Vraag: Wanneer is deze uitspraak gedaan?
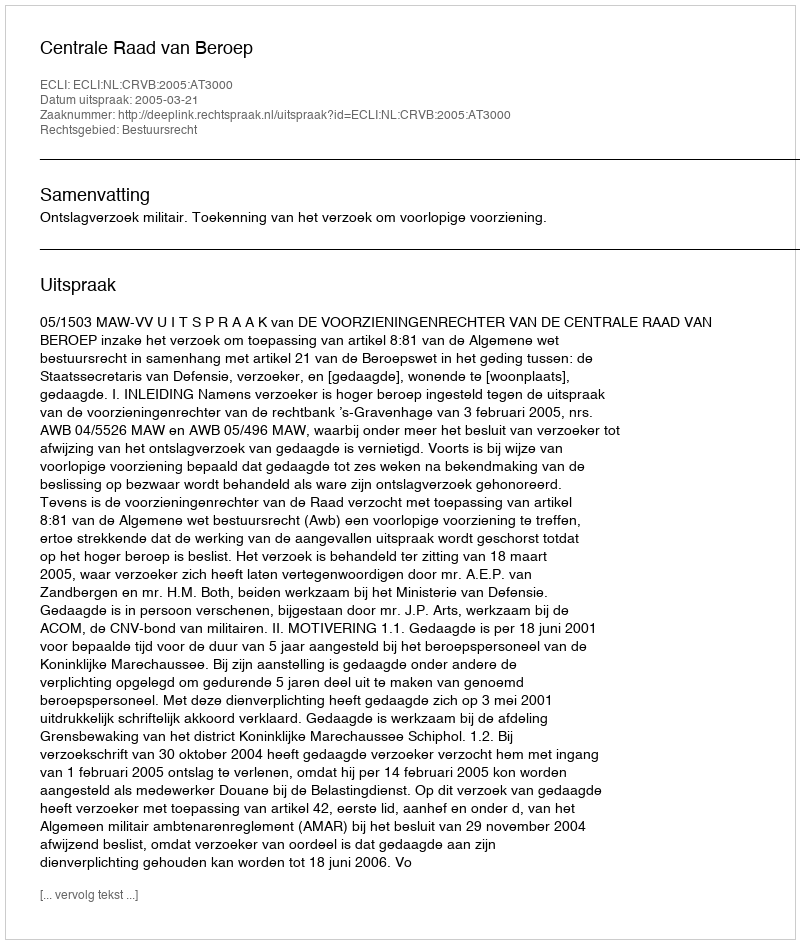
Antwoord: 2005-03-21